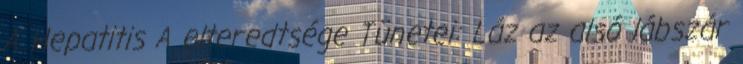
A Hepatitis A elteredtsége Tünetei: Láz az alsó lábszár